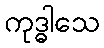
ကုဒ္ဓါသေ